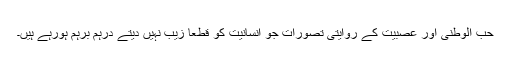
حب الوطنی اور عصبیت کے روایتی تصورات جو انسانیت کو قطعاً زیب نہیں دیتے درہم برہم ہورہے ہیں۔